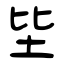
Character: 坒